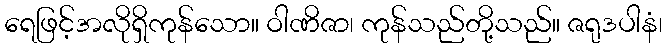
ရေဖြင့်အလိုရှိကုန်သော။ ဝါဏိဇာ၊ ကုန်သည်တို့သည်။ ဇရုဒပါနံ၊